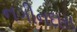
નગીનદાસ